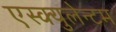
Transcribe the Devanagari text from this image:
एस्क्युलेन्टम